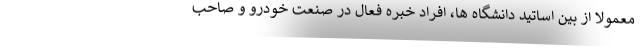
معمولا از بین اساتید دانشگاه ها، افراد خبره فعال در صنعت خودرو و صاحب